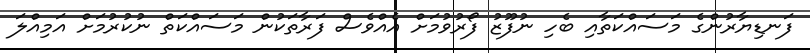
ފަނޑިޔާރުންގެ މަސައްކަތާއި ބެހި ނުފޫޒު ފޯރުވުމަށް އެއްވެސް ފަރާތަކުން މަސައްކަތް ނުކުރުމަށް އަމިއްލަ